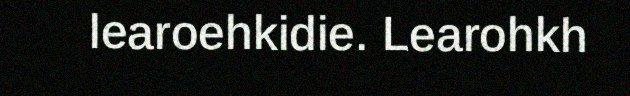
learoehkidie. Learohkh